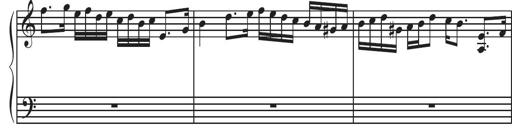
Title: Sonatina Espania
Composer: Jerald Franklin Archer
Key: Various